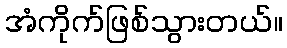
အံကိုက်ဖြစ်သွားတယ်။